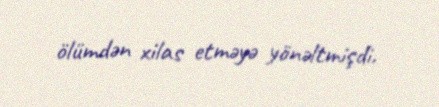
ölümdən xilas etməyə yönəltmişdi.